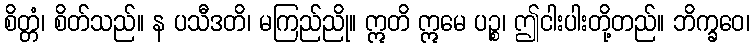
စိတ္တံ၊ စိတ်သည်။ န ပသီဒတိ၊ မကြည်ညို။ ဣတိ ဣမေ ပဉ္စ၊ ဤငါးပါးတို့တည်။ ဘိက္ခဝေ၊